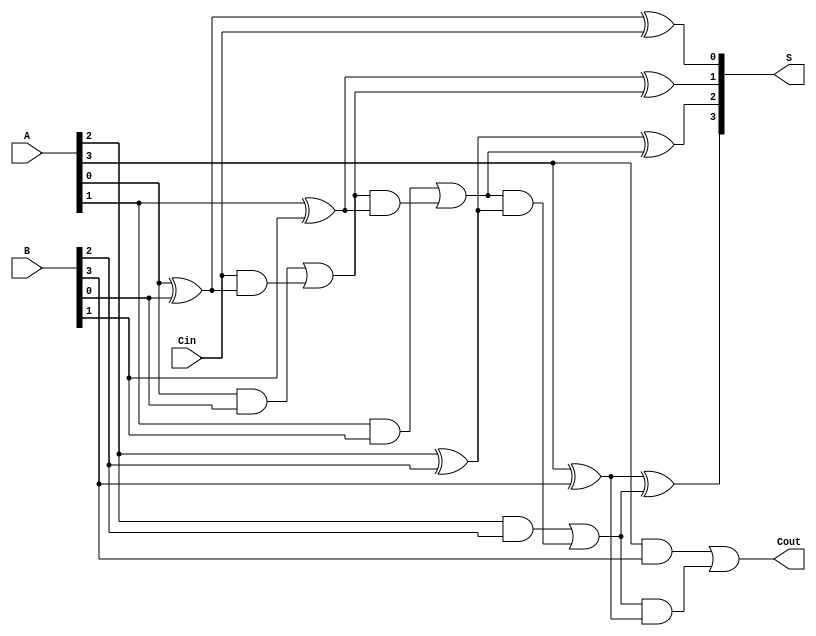
module LingAdder #(parameter n = 4) (
    input  [n-1:0] A,      // n-bit input A
    input  [n-1:0] B,      // n-bit input B
    input         Cin,      // Carry-in
    output [n-1:0] S,      // n-bit sum output
    output        Cout      // Carry-out
);
    wire [n:0] C;          // Carry signals (C[0] = Cin)

    // Generate carry signals
    assign C[0] = Cin;

    // Full adder logic for sum and carry generation
    genvar i;
    generate
        for (i = 0; i < n; i = i + 1) begin : full_adder
            wire AxorB = A[i] ^ B[i];
            assign S[i] = AxorB ^ C[i];  // Sum output
            assign C[i + 1] = (A[i] & B[i]) | (C[i] & AxorB); // Carry output
        end
    endgenerate

    assign Cout = C[n]; // Final carry-out

endmodule